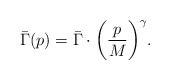
\begin{align*}\bar \Gamma(p) = \bar \Gamma \cdot\biggl(\frac{p}{M}\biggr)^{\gamma}.\end{align*}